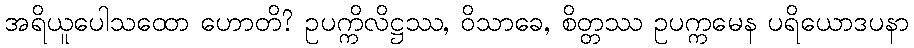
အရိယူပေါသထော ဟောတိ? ဥပက္ကိလိဋ္ဌဿ, ဝိသာခေ, စိတ္တဿ ဥပက္ကမေန ပရိယောဒပနာ